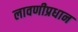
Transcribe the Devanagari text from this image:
लावणीप्रधान